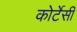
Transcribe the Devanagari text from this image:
कोर्टेसी